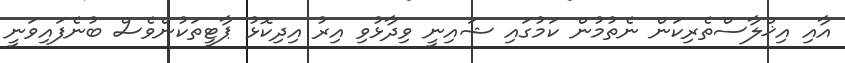
އާއި އިޚްލާސްތެރިކަން ނެތުމުން ކަމުގައި ޝައިނީ ވިދާޅުވި އިރު އިދިކޮޅު ޕާޓީތަކުންވެސް ބުނެފައިވަނީ